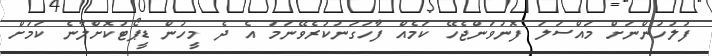
ފުލުހުންނަށް މައްސަލަ ފޮނުވަންޖެހޭ ކަމެއް ފާހަގަނުކުރެވޭނަމަ އެ ދެ މީހުން ޑީޕޯޓުކޮށްލާނެ ކަމަށް